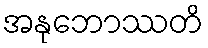
အနုဘောဿတိ